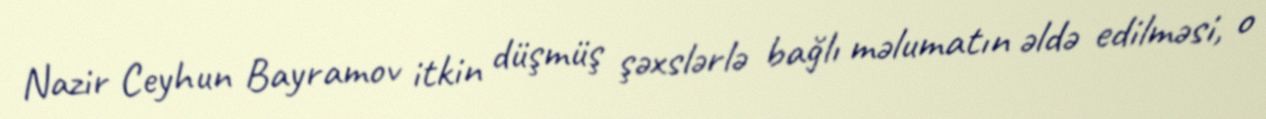
Nazir Ceyhun Bayramov itkin düşmüş şəxslərlə bağlı məlumatın əldə edilməsi, o